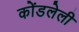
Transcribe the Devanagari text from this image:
कोंडलेली